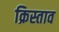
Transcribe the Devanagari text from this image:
क्रिस्ताव